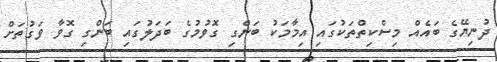
ދުނިޔޭގެ ބައެއް މިސްކިތްތަކުގައި އިމާމަކު ބަންގި ގޮވުމުގެ ބަދަލުގައި ބަންގި ގޮވާ ވަގުތަށް